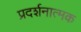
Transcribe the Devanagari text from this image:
प्रदर्शनात्‍मक